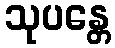
သုပန္တေ